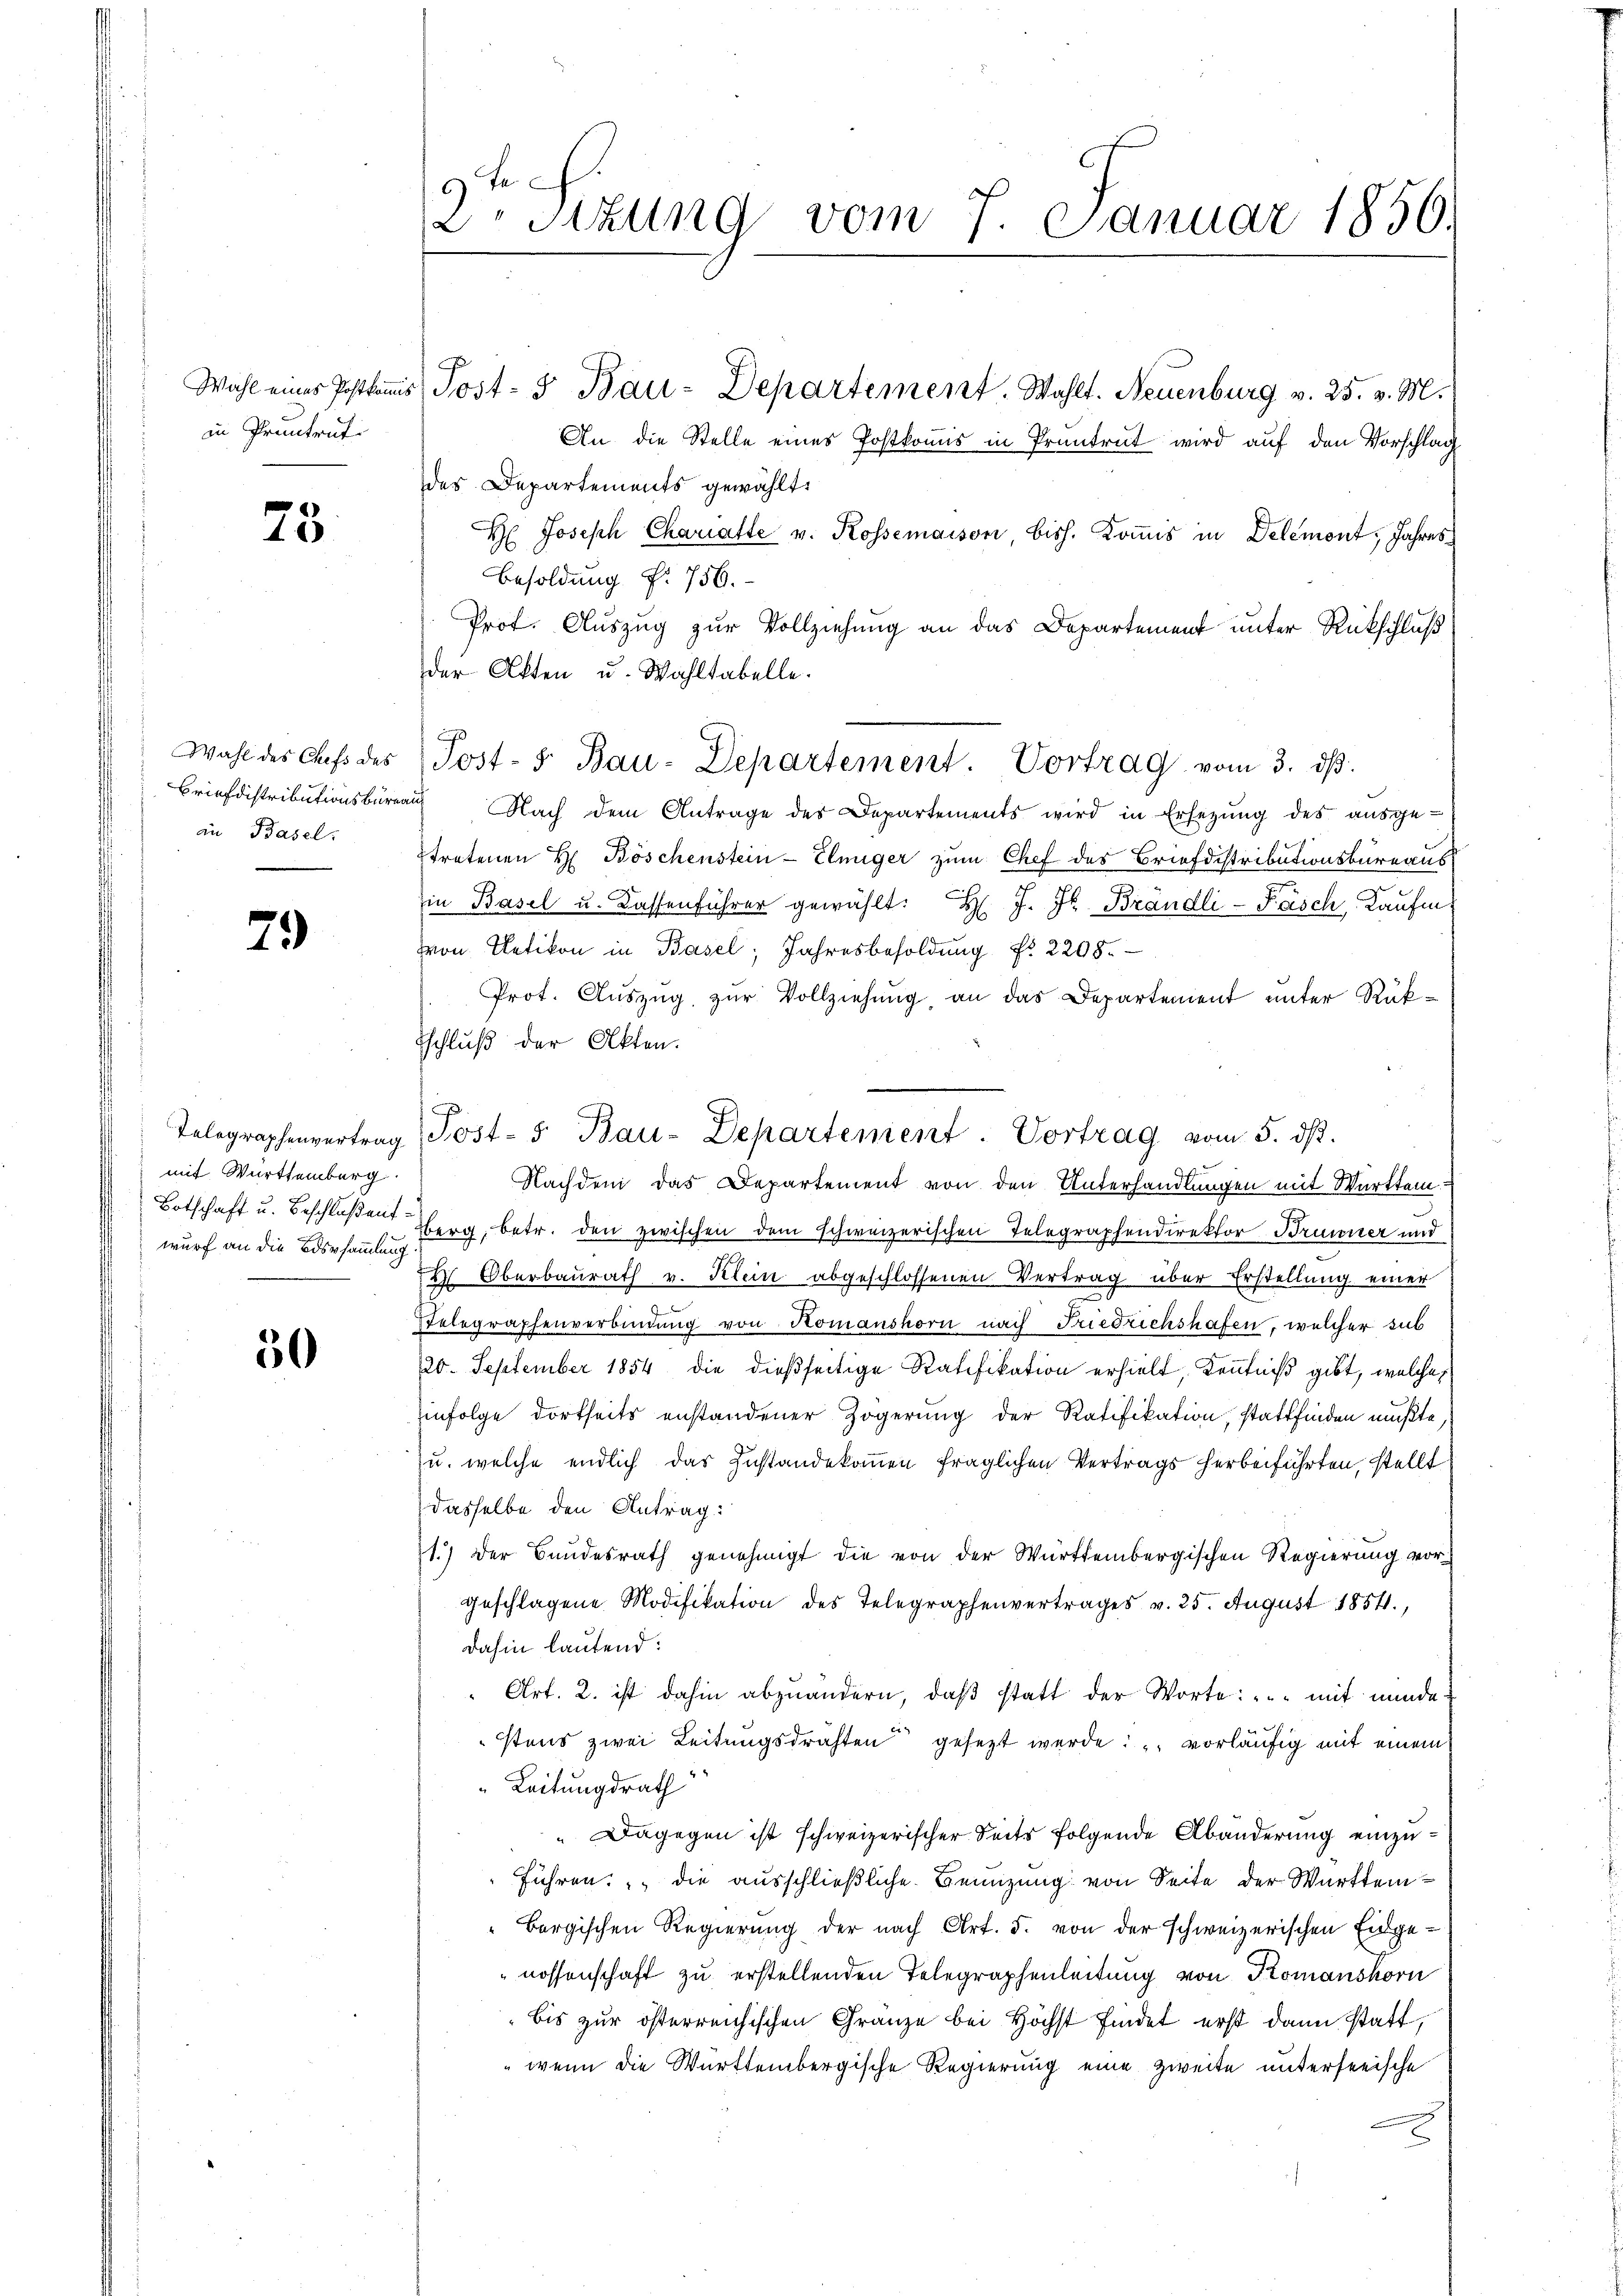
in Pruntrut.

23

an Basel.

79

mit Württemberg.
wurf an die Bossammlung

50

9te
D Sizung vom 7. Januar 1850.

An die Stelle eines Postkomis in Pruntrut wird auf den Vorschlag
des Departements gewählt.
H Joseph Chariatte v. Rossemaison, bish. Kommis in Delemont, Jahres¬
Besoldung Nr. 756.
Prof. Auszug zur Vollziehung an das Departement unter Rückschluß
der Akten u. Wahltabelle.
Briefdistributionsbüreaŭ Nach dem Antrage des Departements wird in Ersetzŭng des aŭsge-
tretenen H. Böschenstein-Elniger zum Chef des Briefdistributionsbureaus
in Basel u. Kassenführer gewählt: H. J. J. Brändli-Fasch Kaufm
on Uetikon in Basel, Jahresbesoldŭng Nr. 2208.
Prot. Auszug zur Vollziehung, an das Departement unter Rük¬
Tschluß der Akten.
Nachdem das Departement von den Unterhandlungen mit Württem¬
Botschaft u. Beschlüßen herg, betr. den zwischen dem schweizerischen Telegraphendirektor Brunner und
4 Oberbaŭrath v. Klein abgeschlossenen Vertrag über Erstellung einer
Telegraphenverbindŭng von Komanshorn nach Friedrichshafen, welcher sub
20. September 1854 die dießseitige Ratifikation erhielt, Kenntniß gibt, welches
Einfolge dortseits anstandener Zögerung der Ratifikation, stattfinden mußte,
u. welche endlich das Zustandekommen fraglichen Vertrags herbeiführten, stellt
dasselbe den Antrag:
1.) Der Bundesrath genehmigt die von der Württembergischen Regierung vorgeschlagene Modifikation des Telegraphenvertrages v. 25. August 1854,
dahin lautend:
" Art. 2. ist dahin abzuändern, daβ statt der Worte: ".. mit minde
stens zwei Leitungsdrahten gesezt werde: " vorläufig mit einem
" Leitungsrath
" Dagegen ist schweizerischer Seits folgende Abänderung einzuführen: " die ausschließliche Benuzung von Seite der Württem¬
Bergischen Regierung der nach Art. 5. von der schweizerischen Eidgenossenschaft zu erstellenden Telegraphenleitung von Tromanshorn
bis zur österreichischen Franze bei Höchst findet erst dann statt,
" wenn die Württembergische Regierung eine zweite unterferische

Wahl eines Postkamis Post- & Bau-Departement. Wahlt. Neuenburg v. 25. v. M.

Wahl des Chefs des Post- 5. Bau-Departement. Vortrag vom 3. dβ.

Telegraphenvertrag Post- 5. Bau-Departement. Vortrag vom 5. dβ.